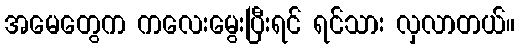
အမေတွေက ကလေးမွေးပြီးရင် ရင်သား လှလာတယ်။